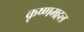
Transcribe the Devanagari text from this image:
कृष्णमहल